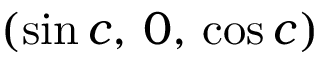
( \sin c , \, 0 , \, \cos c )